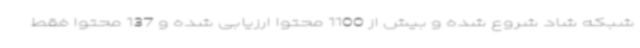
شبکه شاد شروع شده و بیش از 1100 محتوا ارزیابی شده و 137 محتوا فقط